Annual report of the Punjab Veterinary College and of the Civil Veterinary Department, Punjab - 1894-1908
Year: 1894
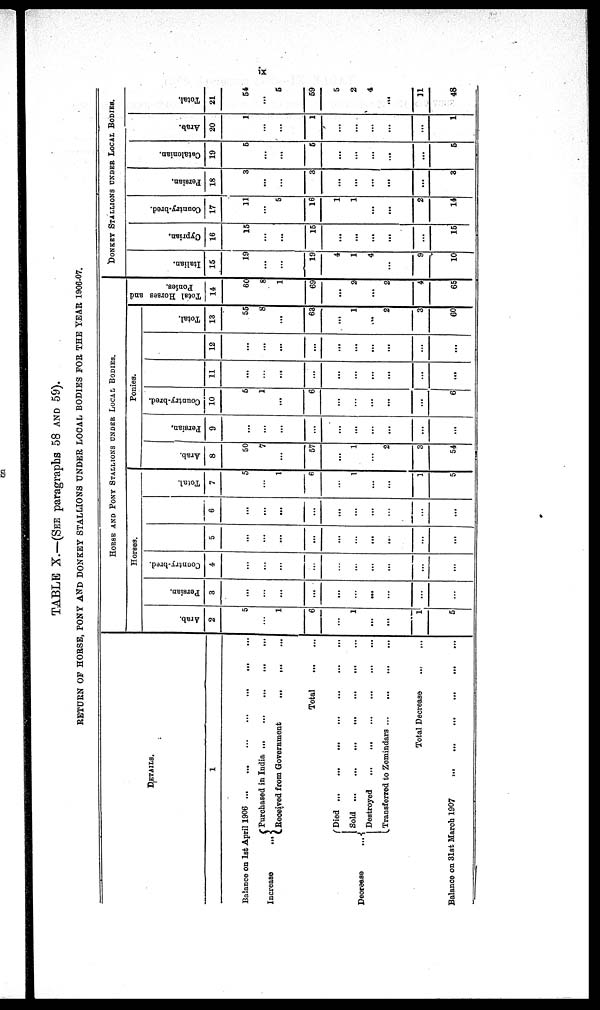
ix
TABLE X.—(SEE paragraphs 58 AND 59).
RETURN OF HORSE, PONY AND DONKEY STALLIONS UNDER LOCAL BODIES FOR THE YEAR 1906-07.
DETAILS.
1
Balance on 1st April 1906
...
...
...
...
...
Increase
Decrease ...
Purchased in India
...
...
...
...
...
Received from Government
...
...
...
Total
...
...
Died
...
...
...
...
...
...
...
Sold
...
...
...
...
...
...
Destroyed
...
...
...
...
...
Transferred to Zemindars ... ... ... ... ...
Total Decrease
:
Balance on 31st March 1907
. ... ... ... ... ... ... ... ... ...
HORSE AND PONY STALLIONS UNDER LOCAL BODIES.
Horses.
Arab.
2
5
1
6
...
1
...
...
1
5
Persian.
3
...
...
...
...
...
...
...
...
...
Country-bred.
4
...
...
...
...
...
...
...
...
5
...
...
...
...
...
...
...
...
...
...
6
...
...
...
...
...
...
...
...
...
Total.
7
5
...
1
6
...
1
...
...
1
5
Ponies.
Arab.
8
50
7
...
57
...
1
...
2
3
54
Persian,
9
...
...
...
...
...
...
...
...
...
...
Country-bred.
10
5
1
6
...
...
...
...
...
6
11
...
...
...
...
...
...
...
...
...
...
12
...
...
...
...
...
...
...
...
...
Total.
13
55
8
...
63
...
1
...
2
3
60
Total Horses and
Ponies.
14
60
8
1
69
...
2
...
2
4
65
DONKEY STALLIONS UNDER LOCAL BODIES.
I t al i an.
15
19
...
...
19
4
1
4
...
9
10
Cypr i
an.
16
15
...
...
15
...
...
...
...
...
...
15
Count r
y- br e d.
17
11
...
5
16
1
1
...
...
2
14
Per s i
an.
18
3
...
3
...
...
...
...
...
...
3
Cat al oni an.
19
5
...
...
5
...
...
...
...
...
...
5
Ar ab.
20
1
...
...
1
...
...
...
...
...
...
1
Tot al
21
54
...
5
59
5
2
4
...
11
48
ix